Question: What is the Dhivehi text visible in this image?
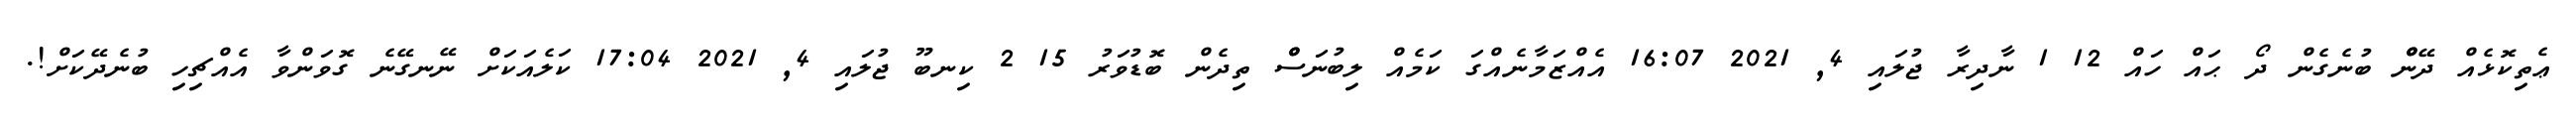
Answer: ޢެތިކޮޅެއް ދޭންް ބުނެގެން ދޯ ޙައް ހައް 12 1 ނާދިރާ ޖުލައި 4, 2021 16:07 އެއްޒަމާނެއްގަ ކަމެއް ލިބުނަސްް ތިދެން ބޮޑުވަރު 15 2 ކިނބޫ ޖުލައި 4, 2021 17:04 ކަލެއަކަށް ނޭނގޭނެ ގޮވަންވާ އެއްޗިހި ބުނެދޭކަށް!.